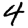
Digit: 4